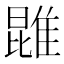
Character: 𨿪